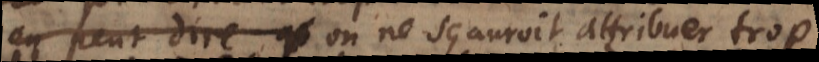
on peut dire que on ne sçauroit attribuer trop